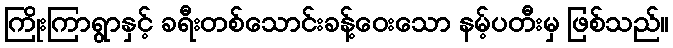
ကြိုးကြာရွာနှင့် ခရီးတစ်သောင်းခန့်ဝေးသော နမ့်ပတီးမှ ဖြစ်သည်။